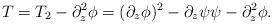
LaTeX: \begin{align*}T= T_2 - \partial_z^2 \phi = ( \partial_z \phi)^2 - \partial_z \psi\psi - \partial_z^2 \phi.\end{align*}